Annual report on the lock hospitals of the Madras Presidency
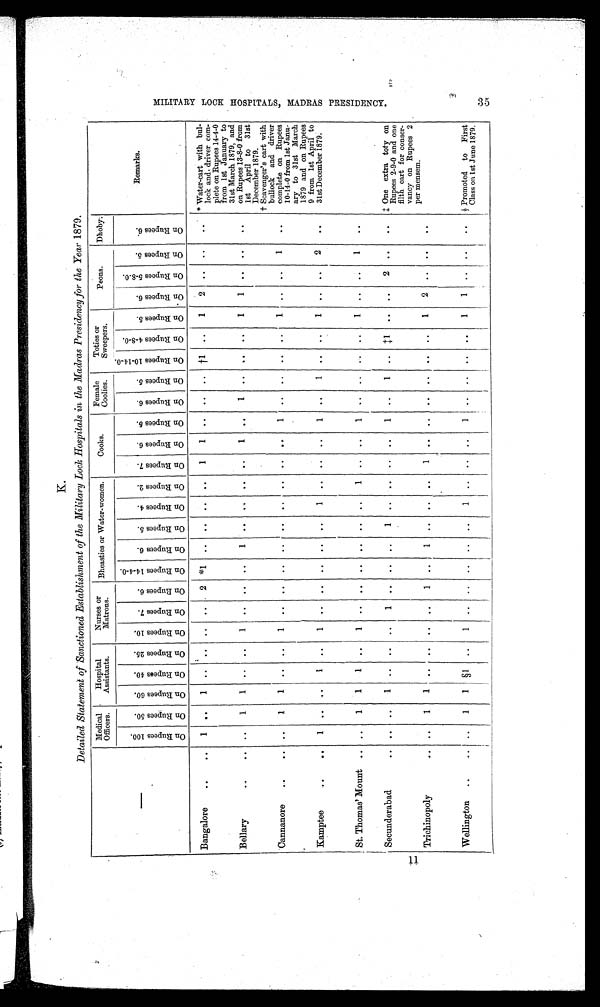
K.
Detailed Statement of Sanctioned Establishment of the Military Lock Hospitals in the Madras Presidency for the Year 1879.
Medical
Officers.
Hospital
Assistants.
Nurses or
Matrons.
Bheasties or Water-women.
Cooks.
Female
Coolies.
Toties or
Sweepers.
Peons.
Dhoby.
Remarks.
O n R u p e e s 1 0 0
O n R u p e e s 5 0 .
O n R u p e e s 6 0 .
O n R u p e e s 4 0 .
O n R u p e e s 2 5 .
O n R u p e e s 1 0 .
O n R u p e e s 7 .
O n R u p e e s 6 .
O n R u p e e s 1 4 - 4 - 0 .
O n R u p e e s 6 .
O n R u p e e s 5 .
O n R u p e e s 4 .
O n R u p e e s 2 .
O n R u p e e s 7 .
O n R u p e e s 6 .
O n R u p e e s 5 .
O n R u p e e s 6 .
O n R u p e e s 5 .
O n R u p e e s 1 0 - 1 4 - 0 .
O n R u p e e s 4 - 8 - 0 .
O n R u p e e s 5 .
O n R u p e e s 6 .
O n R u p e e s 5 - 8 - 0
O n R u p e e s 5 .
O n R u p e e s 6 .
Bangalore
1
. .
1 .. .. .. ..
2 *1
. .
. .
..
. .
1
1 .. .. .. †1 ..
1
2
. .
. .
. .
*Water-cart with bul
lock and. driver com
plete on Rupees 14-4-0
from 1st January to
31st March 1879, and
on Rupees 13-8-0 from
1st April to 31st
December 1879.
Bellary
. .
1
1
. .
. .
1
. .
. .
. .
1
. .
. .
. .
. .
1
. .
1
. .
. .
. .
1 1
. .
. .
. .
†Scavenger's cart with
bullock and driver
complete on Rupees
10-14-0 from 1st Janu
ary to 31st March
1879 and on Rupees
9 from 1st April to
31st December 1879.
Cannanore
. .
1
1
. .
. .
1
. .
. .
. .
. .
. .
. .
. .
. .
. .
1
. .
. .
. .
. .
1
. .
. .
1
. .
Kamptee
1
. .
. .
1
. . 1
. .
. .
. .
. .
. .
. .
. .
. .
. .
1
. . 1
. .
. .
1
. .
. .
2
. .
St. Thomas' Mount
..
1
1
1
. . 1
. .
. .
. .
. .
. .
. .
. .
. .
. .
1
. .
. .
. .
. .
1
. .
. .
1
. .
Secunderabad
. .
1
1 .. .. ..
1
. .
. .
..
1
. .
. .
. .
. .
1
. .
. .
‡ 1
. .
. .
2
. .
. .
‡ One extra toty on
Rupees 2-9-0 and one
filth cart for conser-
vancy on Rupees 2
per mensem.
Trichinopoly
..
1
1
. .
..
.. ..
1 ..
1
. .
. .
. .
1 . .
. .
. .
. .
. .
. .
1
2
. .
. .
. .
Wellington
. .
1
1 §1 ..
1
. .
. .
. .
. .
. .
1
. .
. .
. .
1
. .
. .
. .
. .
1
1
. .
. .
. .
§ Promoted to First
Class on 1st June 1879.
M I L I T A R Y L O C K H O S P I T A L S M A D R A S P R E S I D E N C Y .